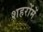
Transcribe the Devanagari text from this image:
शहरोंमें